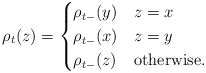
\begin{align*}\rho_{t}(z)=\begin{cases}\rho_{t-}(y) & z=x\\\rho_{t-}(x) & z=y\\\rho_{t-}(z) & \mbox{otherwise.}\end{cases}\end{align*}